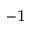
^ { - 1 }